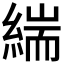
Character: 𮈪